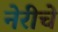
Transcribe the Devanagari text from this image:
नेरीचे